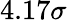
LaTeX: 4.17\sigma